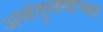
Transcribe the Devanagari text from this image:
असंतुलनाच्या